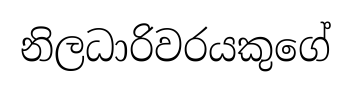
නිලධාරිවරයකුගේ